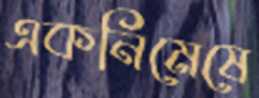
একনিমেষে